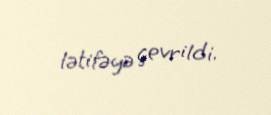
lətifəyə çevrildi.